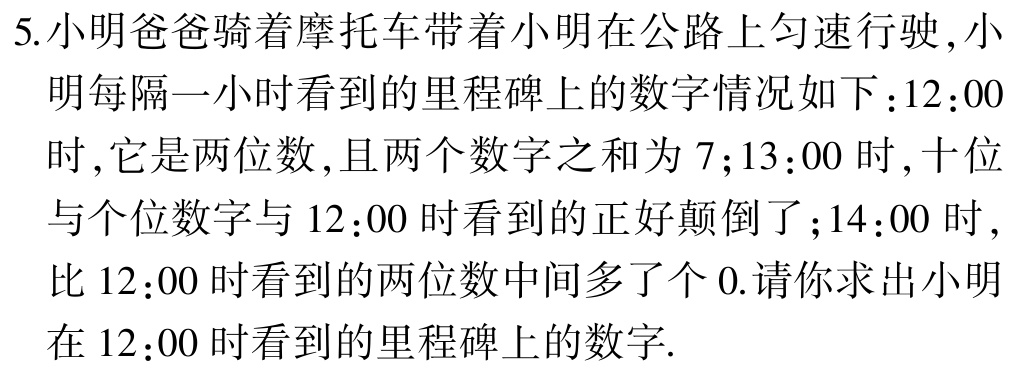
5.小明爸爸骑着摩托车带着小明在公路上匀速行驶,小明每隔一小时看到的里程碑上的数字情况如下：12：00时,它是两位数,且两个数字之和为7；13：00时,十位与个位数字与12：00时看到的正好颠倒了；14：00时,比12：00时看到的两位数中间多了个0.请你求出小明在12：00时看到的里程碑上的数字.